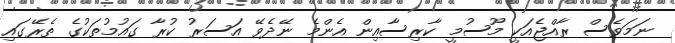
ނަމަވެސް ރާއްޖެއަކީ މޫސުމީ ކާރިސާއިން އެންމެ ނޭދެވޭ އަސަރު ކުރާ ގައުމުތަކުގެ ތެރޭގައި